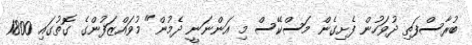
ބުރާސްފަތި ދުވަހުން ފެށިގެން މަސްކޭސް މި އަންނަނީ ދެމުން" މުވައްޒަފުންގެ ގޮތުގައި 1800